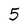
Character: 5